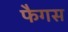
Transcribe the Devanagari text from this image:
फैगस